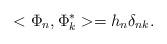
LaTeX: \begin{align*}<\Phi_{n},\Phi_{k}^{*}>=h_{n}\delta_{nk}.\end{align*}